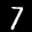
Label: 7